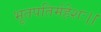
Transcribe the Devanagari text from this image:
भूतपतिर्महेशः।।